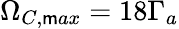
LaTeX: \Omega_{C,\mathsf{m}ax}=18\Gamma_{a}